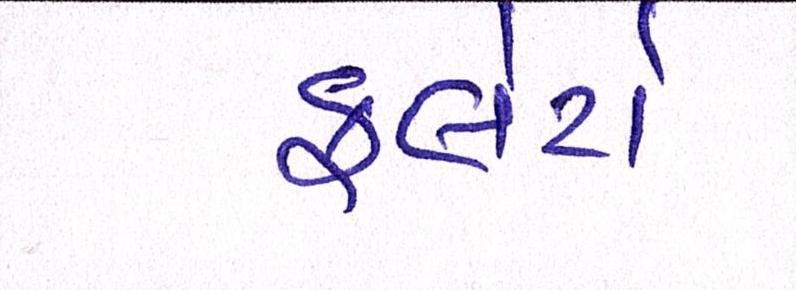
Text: ફ્લેટો